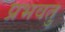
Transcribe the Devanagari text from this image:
प्रभवतु